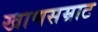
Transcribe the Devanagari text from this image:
खाणसम्राट